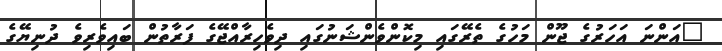
"އަންނަ އަހަރުގެ ޖޫން މަހުގެ ތެރޭގައި މިކޮންވެންޝަނުގައި ދިވެހިރާއްޖޭގެ ފަރާތުން ބައިވެރިވެ ދުނިޔޭގެ